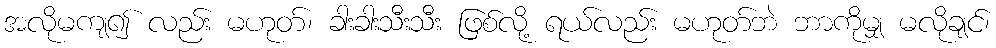
အလိုမကျ၍ လည်း မဟုတ်၊ ခါးခါးသီးသီး ဖြစ်လို့ ရယ်လည်း မဟုတ်ဘဲ ဘာကိုမျှ မလိုချင်၊